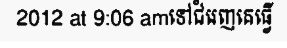
2012 at 9:06 amទៅជំរេញគេធ្វើ